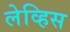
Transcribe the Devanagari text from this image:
लेव्हिस